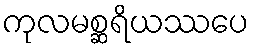
ကုလမစ္ဆရိယဿပေ